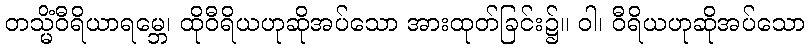
တသ္မိံဝီရိယာရမ္ဘေ၊ ထိုဝီရိယဟုဆိုအပ်သော အားထုတ်ခြင်း၌။ ဝါ၊ ဝီရိယဟုဆိုအပ်သော